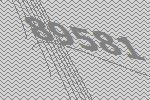
89581